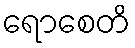
ရောစေတိ